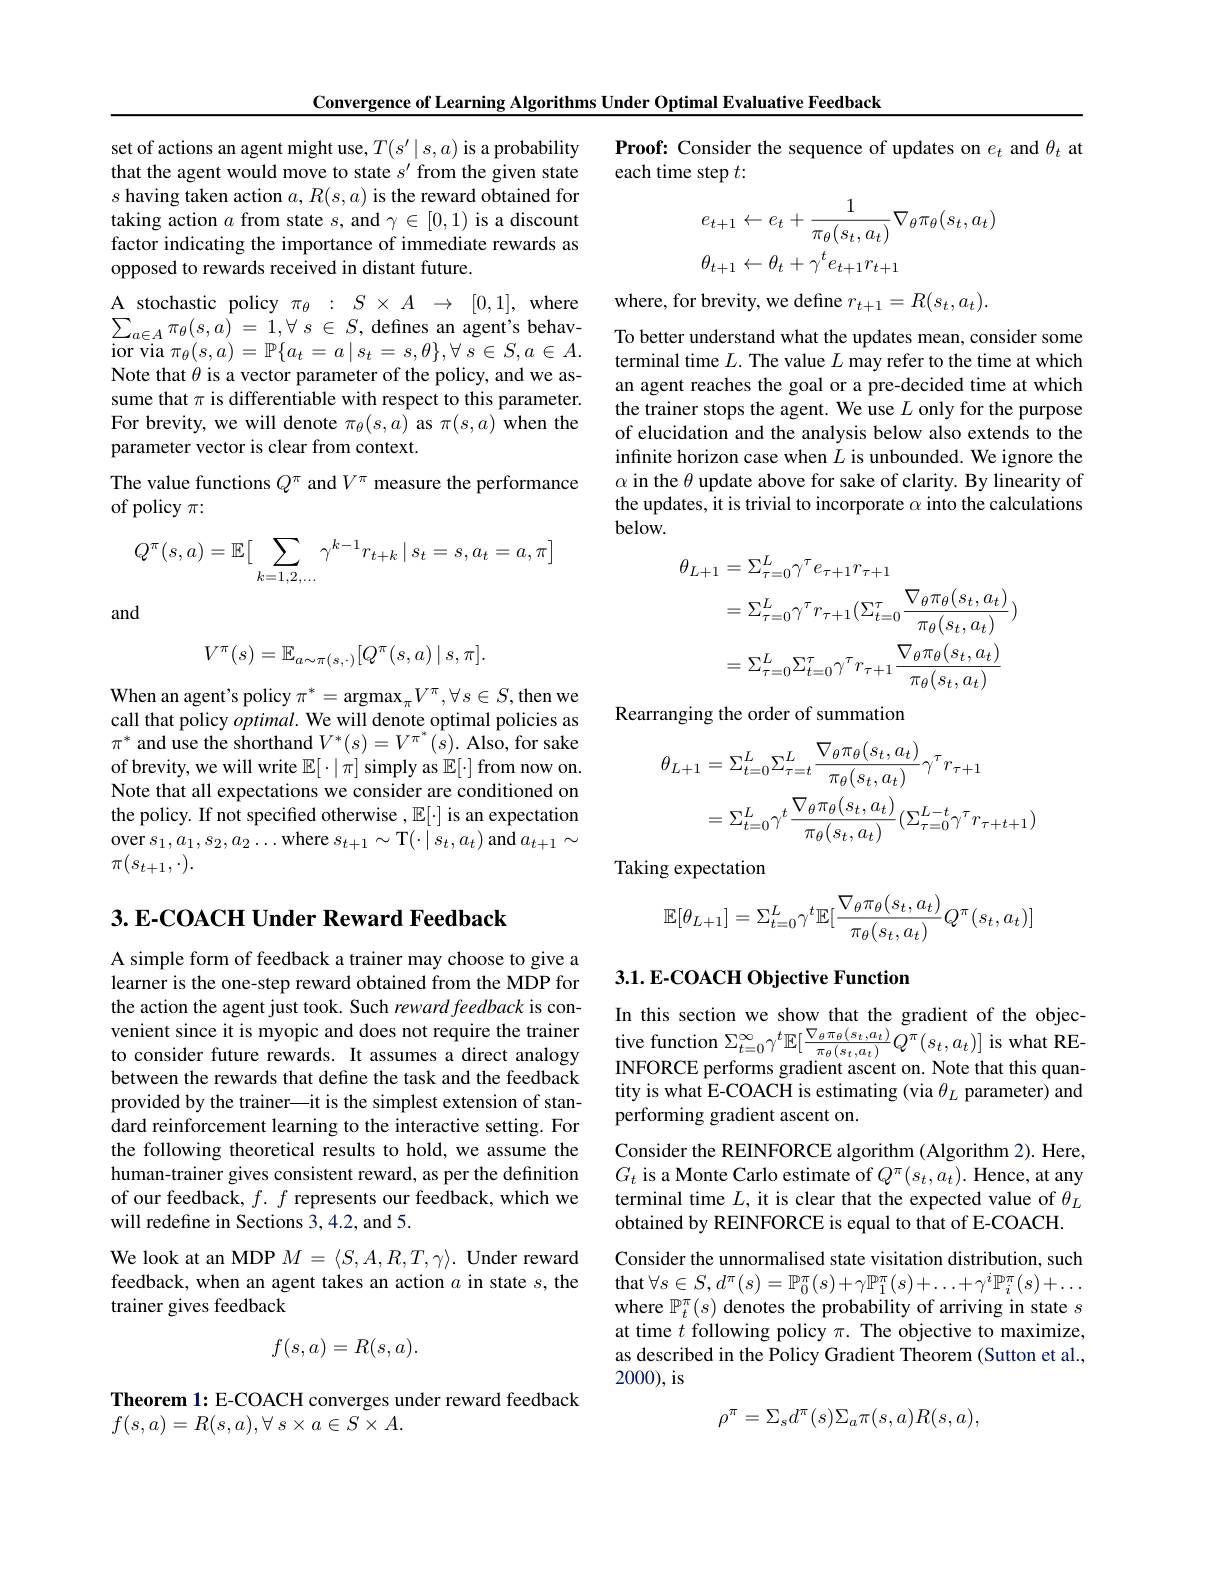
Convergence of Learning Algorithms Under Optimal Evaluative Feedback

set of actions an agent might use, $T(s^\prime\mid s,a)$ is a probability that the agent would move to state $s^\prime$ from the given state $s$ having taken action $a,R(s,a)$ is the reward obtained for taking action $a$ from state $s$, and $\gamma\in[0,1)$ is a discount factor indicating the importance of immediate rewards as opposed to rewards received in distant future.
A stochastic policy $\pi_\theta:S\times A\to[0,1]$, where $\sum _{a\in A}\pi _{\theta }( s, a)$ = $1, \forall$ $s$ $\in$ $S$,defines an agent's behav- $\operatorname{ior}$via $\pi _\theta ( s, a) = \mathbb{P} \{ a_t= a\mid s_t= s, \theta \} , \forall$ $s\in S, a\in A.$ Note that $\theta$ is a vector parameter of the policy, and we assume that $\pi$ is differentiable with respect to this parameter. For brevity, we will denote $\pi_\theta(s,a)$ as $\pi(s,a)$ when the parameter vector is clear from context.
The value functions $Q^\pi$ and $V^\pi$ measure the performance

## of policy $\pi:$
$$Q^\pi(s,a)=\mathbb{E}\big[\sum_{k=1,2,...}\gamma^{k-1}r_{t+k}\:|\:s_t=s,a_t=a,\pi\big]$$
and
$$V^{\pi}(s)=\mathbb{E}_{a\sim\pi(s,\cdot)}[Q^{\pi}(s,a)\mid s,\pi].$$
When an agent's policy
then we
$$\mathrm{cy}\:\pi^{*}=\mathrm{argmax}_{\pi}V^{\pi},\forall s\in S,$$
call that policy $optimal.$ We will denote optimal policies as $\pi^*$ and use the shorthand $V^*(s)=V^{\pi^*}(s).$ Also, for sake of brevity, we will write $\mathbb{E}[\cdot|\pi]$ simply as $\mathbb{E}[\cdot]$ from now on. Note that all expectations we consider are conditioned on the policy. If not specified otherwise , $\mathbb{E}[\cdot]$ is an expectation $\operatorname*{over}s_{1},a_{1},s_{2},a_{2}\ldots$where $s_t+1\sim$T$(\cdot\mid s_{t},a_{t})$ and $a_t+1\sim$ $\pi(s_{t+1},\cdot).$

## 3. E-COACH Under Reward Feedback

A simple form of feedback a trainer may choose to give a learner is the one-step reward obtained from the MDP for the action the agent just took. Such reward feedback is convenient since it is myopic and does not require the trainer to consider future rewards. It assumes a direct analogy between the rewards that define the task and the feedback provided by the trainer\_it is the simplest extension of standard reinforcement learning to the interactive setting. For the following theoretical results to hold, we assume the human-trainer gives consistent reward, as per the definition of our feedback, $f.f$ represents our feedback, which we will redefine in Sections 3,4.2, and 5.
We look at an MDP $M=\langle S,A,R,T,\gamma\rangle.$ Under reward feedback, when an agent takes an action $a$ in state $s$, the

trainer gives feedback
$$f(s,a)=R(s,a).$$
Theorem 1: E-COACH converges under reward feedback
$f( s, a) = R( s, a) , \forall$ $s\times a\in S\times A.$

Proof: Consider the sequence of updates on $e_t$ and $\theta_t$ at
each time step $t:$
$$\begin{aligned}e_{t+1}&\leftarrow e_t+\frac{1}{\pi_\theta(s_t,a_t)}\nabla_\theta\pi_\theta(s_t,a_t)\\\theta_{t+1}&\leftarrow\theta_t+\gamma^te_{t+1}r_{t+1}\end{aligned}$$
where, for brevity, we define $r_t+1=R(s_{t},a_{t}).$

To better understand what the updates mean, consider some terminal time $L.$ The value $L$ may refer to the time at which an agent reaches the goal or a pre-decided time at which the trainer stops the agent. We use $L$ only for the purpose of elucidation and the analysis below also extends to the infınite horizon case when $L$ is unbounded. We ignore the $\alpha$ in the $\theta$ update above for sake of clarity. By linearity of the updates, it is trivial to incorporate $\alpha$ into the calculations below.
$$\begin{aligned}\theta_{L+1}&=\Sigma_{\tau=0}^{L}\gamma^{\tau}e_{\tau+1}r_{\tau+1}\\&=\Sigma_{\tau=0}^{L}\gamma^{\tau}r_{\tau+1}(\Sigma_{t=0}^{\tau}\frac{\nabla_{\theta}\pi_{\theta}(s_{t},a_{t})}{\pi_{\theta}(s_{t},a_{t})})\\&=\Sigma_{\tau=0}^{L}\Sigma_{t=0}^{\tau}\gamma^{\tau}r_{\tau+1}\frac{\nabla_{\theta}\pi_{\theta}(s_{t},a_{t})}{\pi_{\theta}(s_{t},a_{t})}\end{aligned}$$
Rearranging the order of summation
$$\begin{aligned}\theta_{L+1}&=\Sigma_{t=0}^{L}\Sigma_{\tau=t}^{L}\frac{\nabla_{\theta}\pi_{\theta}(s_{t},a_{t})}{\pi_{\theta}(s_{t},a_{t})}\gamma^{\tau}r_{\tau+1}\\&=\Sigma_{t=0}^{L}\gamma^{t}\frac{\nabla_{\theta}\pi_{\theta}(s_{t},a_{t})}{\pi_{\theta}(s_{t},a_{t})}(\Sigma_{\tau=0}^{L-t}\gamma^{\tau}r_{\tau+t+1})\end{aligned}$$
Taking expectation
$$\mathbb{E}[\theta_{L+1}]=\Sigma_{t=0}^L\gamma^t\mathbb{E}[\frac{\nabla_\theta\pi_\theta(s_t,a_t)}{\pi_\theta(s_t,a_t)}Q^\pi(s_t,a_t)]$$
## 3.1. E-COACH Objective Function

In this section we show that the gradient of the objective function $\Sigma_{t=0}^{\infty}\gamma^{t}\mathbb{E}[\frac{\nabla_{\theta}\pi_{\theta}(s_{t},a_{t})}{\pi_{\theta}(s_{t},a_{t})}\tilde{Q}^{\pi}(s_{t},a_{t})]$ is what REINFORCE performs gradient ascent on. Note that this quantity is what E-COACH is estimating (via $\theta_L$ parameter) and performing gradient ascent on.
Consider the REINFORCE algorithm (Algorithm 2). Here, $G_{t}$ is a Monte Carlo estimate of $Q^\pi(s_t,a_t).$ Hence, at any terminal time $L$, it is clear that the expected value of $\theta_L$ obtained by REINFORCE is equal to that of E-COACH.
Consider the unnormalised state visitation distribution, such $\mathop{\mathrm{that}}\forall s\in S,d^{\pi}(s)=\mathbb{P}_{0}^{\pi}(s)+\gamma\mathbb{P}_{1}^{\pi}(s)+\ldots+\gamma^{i}\mathbb{P}_{i}^{\pi}(s)+\ldots$ where $\mathbb{P}_t^\pi(s)$ denotes the probability of arriving in state $s$ at time $t$ following policy $\pi.$ The objective to maximize, as described in the Policy Gradient Theorem (Sutton et al., 2000), is
$$\rho^\pi=\Sigma_sd^\pi(s)\Sigma_a\pi(s,a)R(s,a),$$